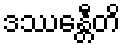
ဒဿေန္တီတိ